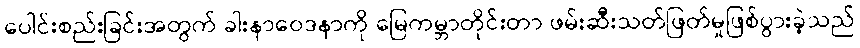
ပေါင်းစည်းခြင်းအတွက် ခါးနာဝေဒနာကို မြေကမ္ဘာတိုင်းတာ ဖမ်းဆီးသတ်ဖြတ်မှုဖြစ်ပွားခဲ့သည်